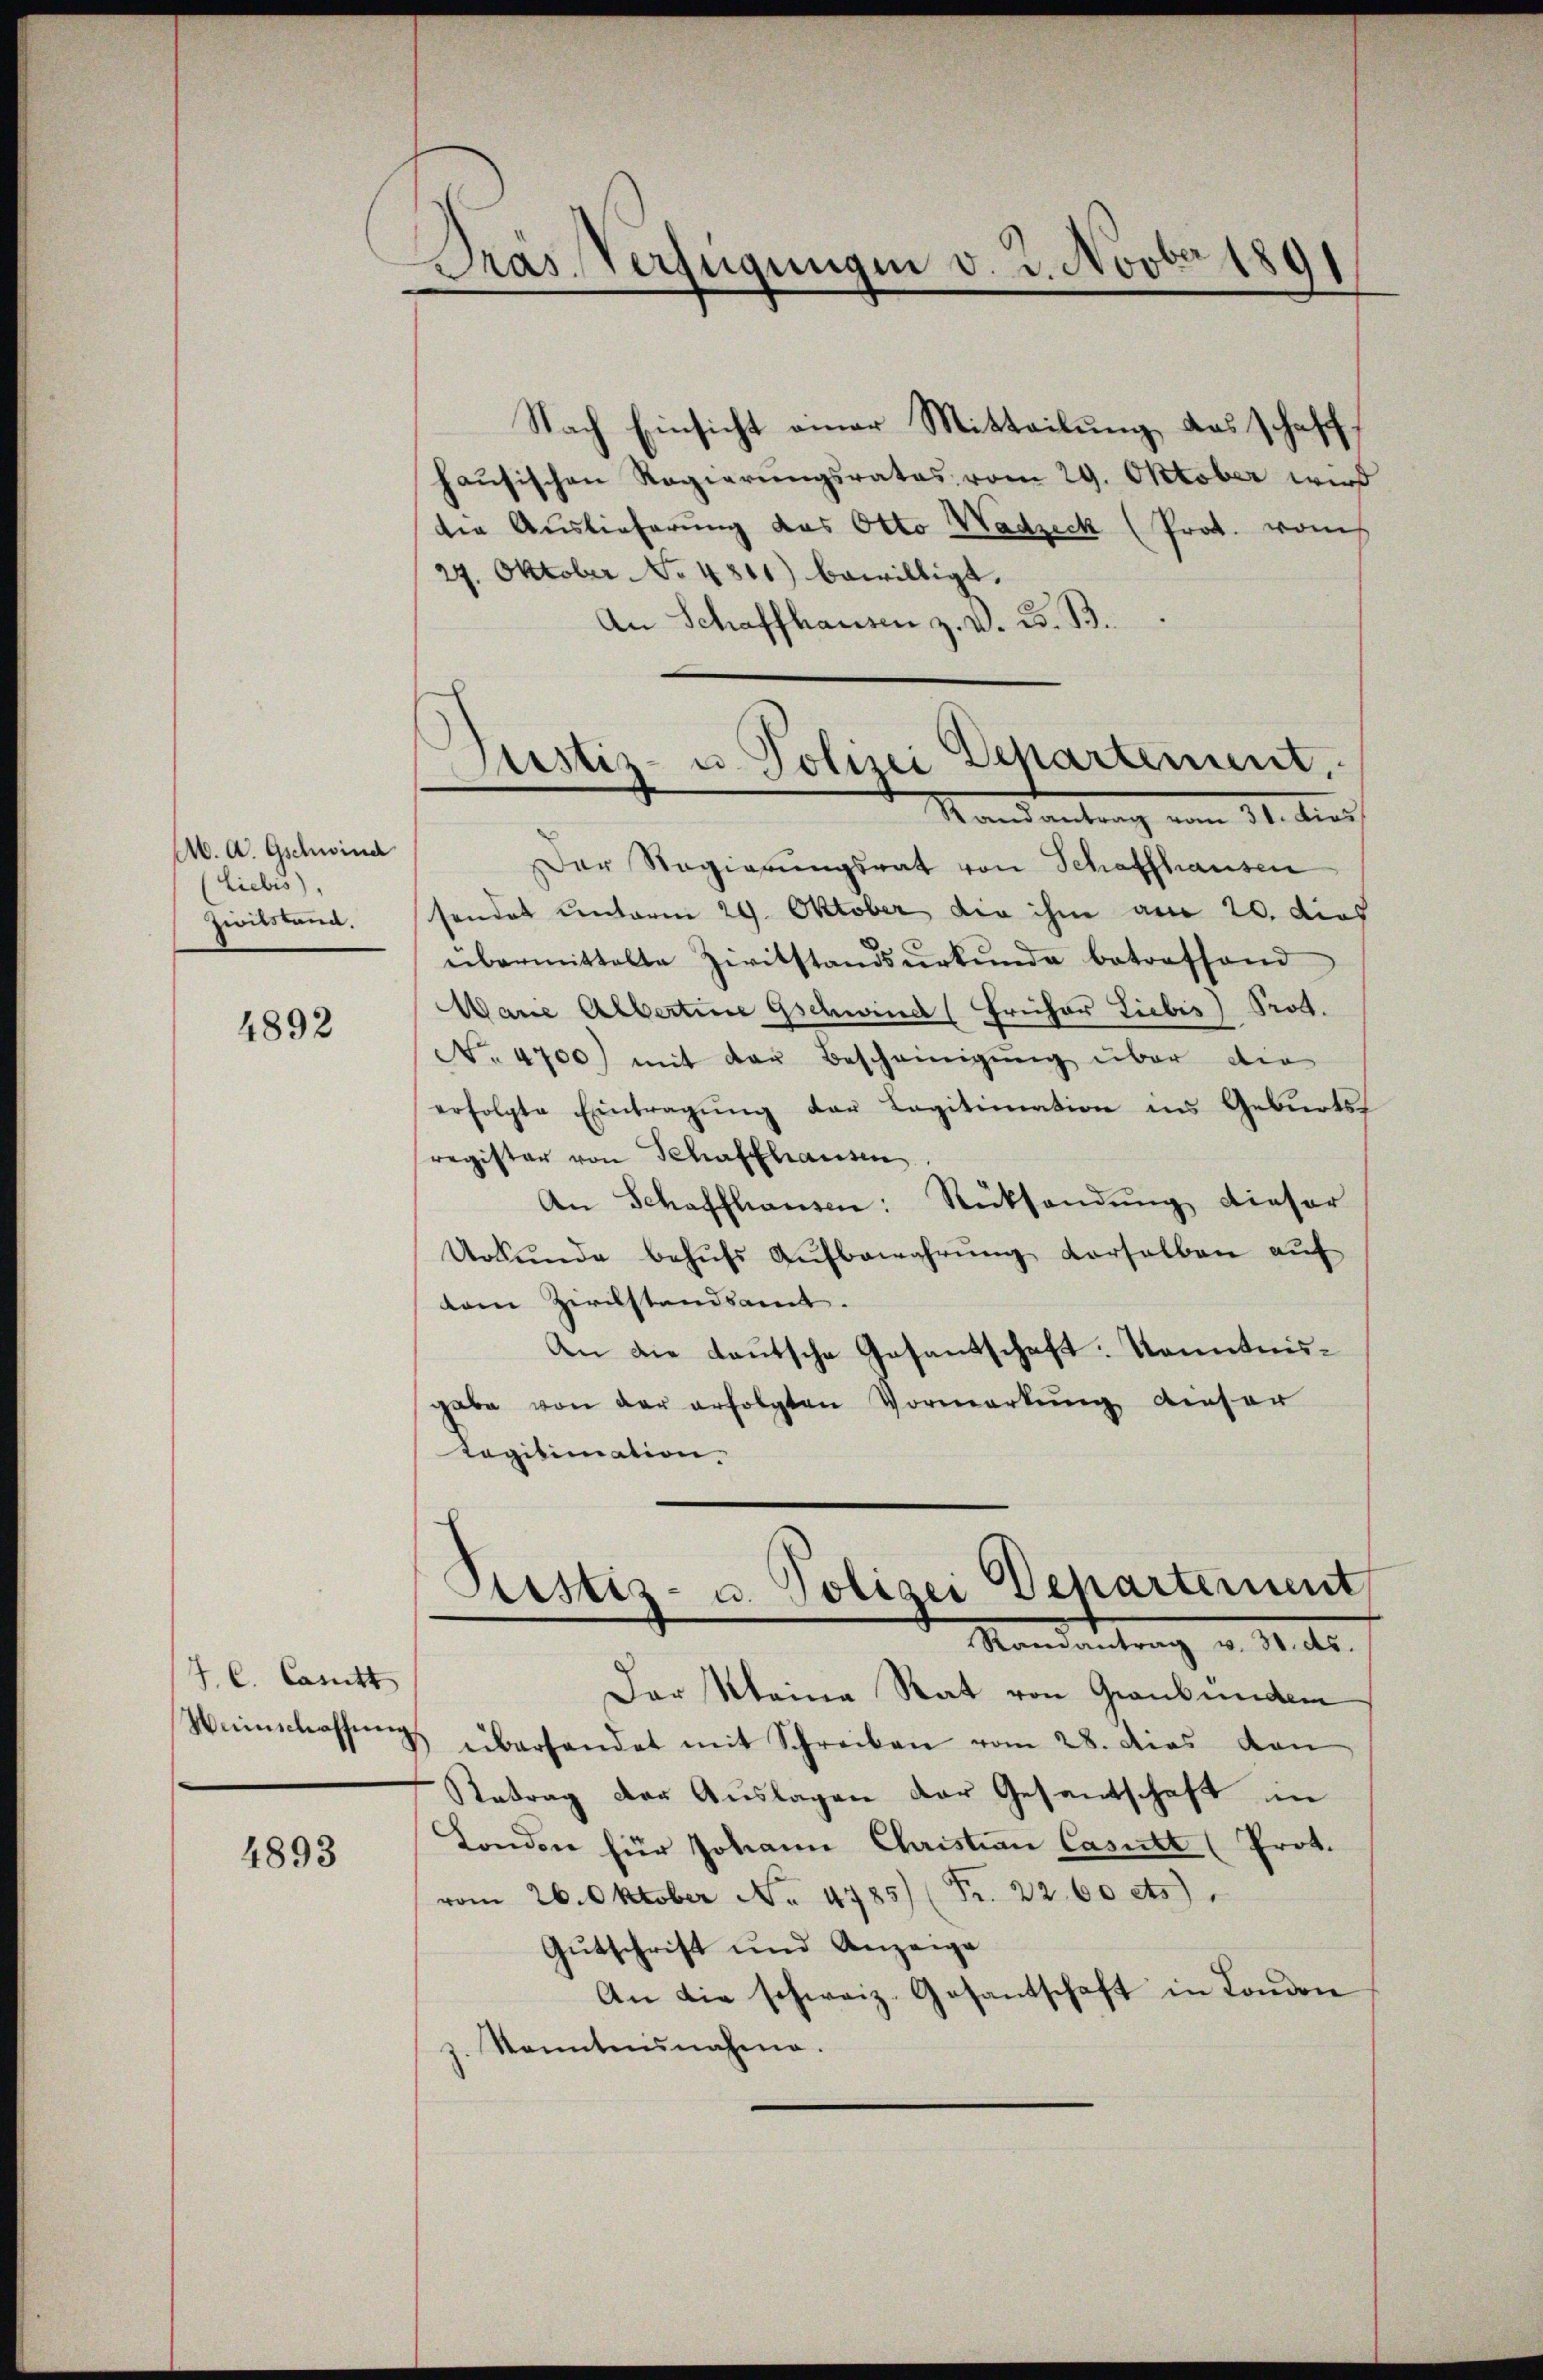
A. A. Gschwind
Liebis),
Zivilstand.

4892

J. C. Canitt

4893

Pras Verfügungen v. 2. Novber 1891

haŭsischen Regierŭngsrates vom 29. Oktober wird
die Auslieferung das Otto Wadzeck (Prot. vom
29. Oktober No 4841) bewilligt.
An Schaffhausen z. V. B. B.
Der Regierungsrat von Schaffhausen
sendet unterm 29. Oktober die ihm am 20. dies
übermittelte Zivilstandsŭrkŭnde betreffend
Warić Albertine Gschwind (Früher Liebis) Prot.
No. 4700) mit der Bescheinigung über die
erfolgte Eintragŭng der Legitimation ins Geburts
register von Schaffhausen
An Schaffhausen: Rücksendŭng dieser
Urkŭnde behŭfs Aŭfbewahrŭng derselben auf
dem Zivilstandsamt.
An die Lautsche Gesantschaft. Kenntnisgabe von der erfolgten Vormerkŭng dieser
Legitimation.

Nach Einsicht einer Mitteilung aus schaff¬

Justiz- u. Polizei Departement,
Mandantrag vom 31. dies

Der Meine Rat von Graubünden
Weinschassŭng überhandet mit Schreiben vom 28. dies dan
Retrag der Auslagen der Gesandschaft in
London für Johann Christian Casutt (Prot.
vom 26. Oktober No. 4785) (Fr. 22. 60 cts.
Gutschrift und Anzeige
An die schweiz. Gesantschaft in London
z. Sonntennahme.

Pustiz- u. Polizei Departement
Mandantung v. Mts.